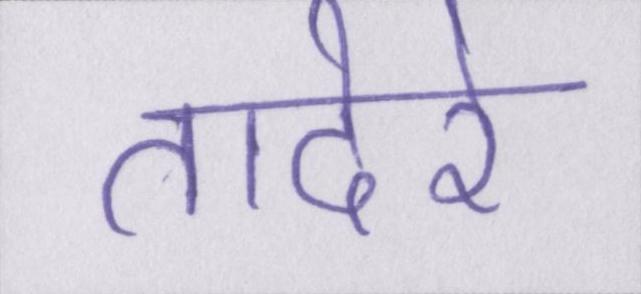
तादेरे